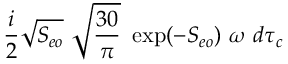
{ \frac { i } { 2 } } \sqrt { S _ { e o } } \ \sqrt { { \frac { 3 0 } { \pi } } } \ \exp ( - S _ { e o } ) \ \omega \ d \tau _ { c }